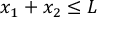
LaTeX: x _ { 1 } + x _ { 2 } \leq L